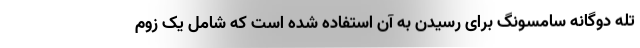
تله دوگانه سامسونگ برای رسیدن به آن استفاده شده است که شامل یک زوم